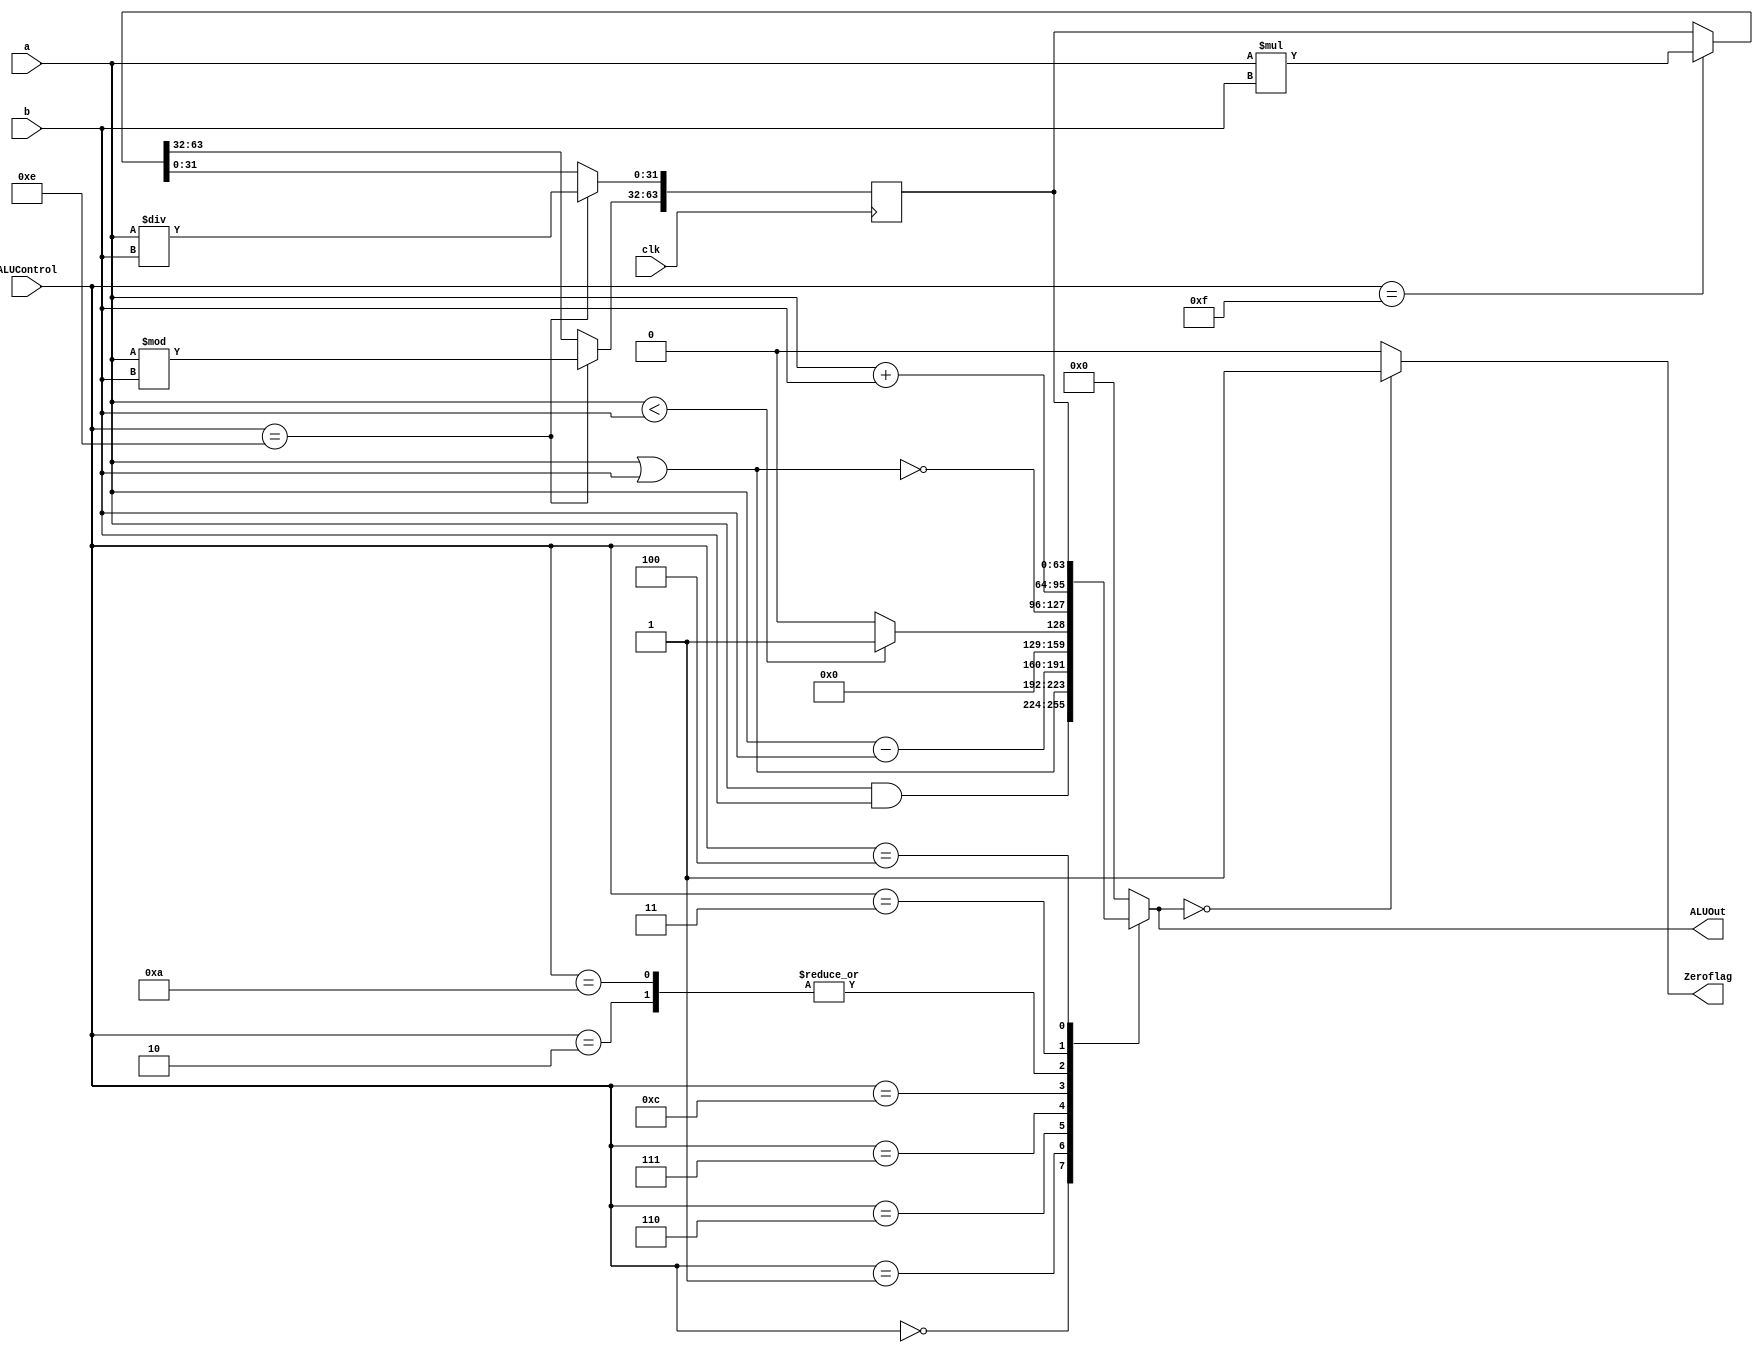

module alu32bit(input  [31:0] a ,b,
input  [3:0] ALUControl,
output reg [31:0] ALUOut,
output reg Zeroflag,
input clk);

reg [63:0] HiLo;

initial begin

	HiLo = 0;

end

always @ (a , b, ALUControl)

begin

	case(ALUControl)
	
		4'b0000: ALUOut = a & b; //And
		
		4'b0001: ALUOut = a | b; //OR
		
		4'b0010: ALUOut = a + b; //Add
		
		4'b0110: ALUOut = a - b; //sub
		
		4'b0111: ALUOut = (a < b ) ? 1:0; //set-on-less-than
		
		4'b1100: ALUOut = ~(a | b); //NOR
		
		4'b1010: ALUOut = a + b; //addi
		
		4'b0011: ALUOut = HiLo[63:32]; // Hi
		
		4'b0100: ALUOut = HiLo[31:0]; // Lo
		
		
		default: ALUOut = 0;
		
	endcase

 Zeroflag = (ALUOut==32'b0)?1:0;

end

always @(negedge clk)
		begin
			if(ALUControl == 4'b1111) //Multiply
				HiLo = a * b;
			if(ALUControl == 4'b1110) 
				begin//Divide
					HiLo[31:0] = a / b;
					HiLo[63:32] = a % b;
				end
				
		end


endmodule